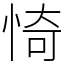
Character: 㥓